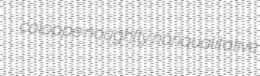
coloppe noughtly nonqualitative